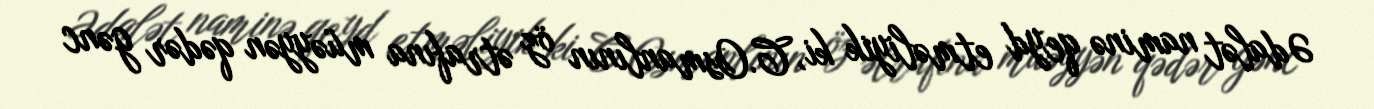
Ədalət naminə qeyd etməliyik ki, C.Osmanlının öz ətrafına müəyyən qədər gənc